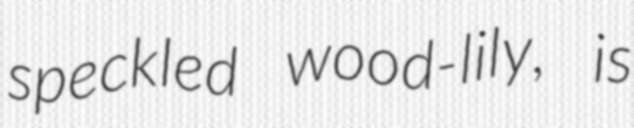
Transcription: speckled wood-lily, is